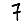
Digit: 7